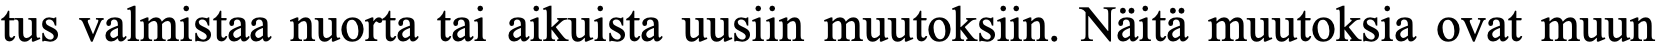
tus valmistaa nuorta tai aikuista uusiin muutoksiin. Näitä muutoksia ovat muun